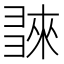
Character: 𢑬